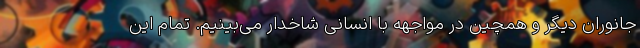
جانوران دیگر و همچین در مواجهه با انسانی شاخدار می‌بینیم. تمام این